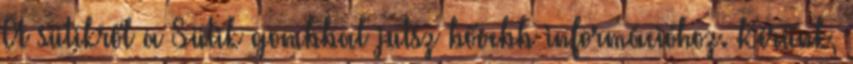
A sütikről a Sütik gombbal jutsz bővebb információhoz. Kérünk,